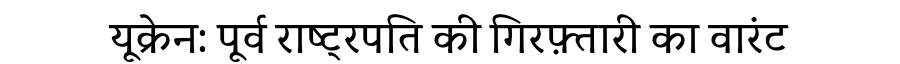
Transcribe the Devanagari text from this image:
यूक्रेन: पूर्व राष्ट्रपति की गिरफ़्तारी का वारंट